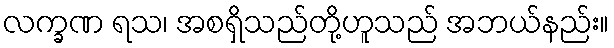
လက္ခဏ ရသ၊ အစရှိသည်တို့ဟူသည် အဘယ်နည်း။